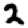
Digit: 2